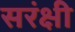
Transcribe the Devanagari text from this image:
सरंक्षी